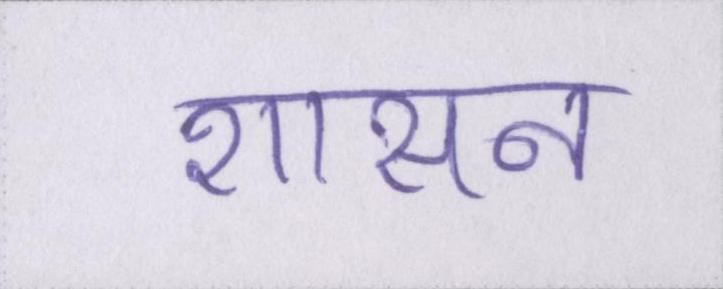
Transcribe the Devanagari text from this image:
शासन